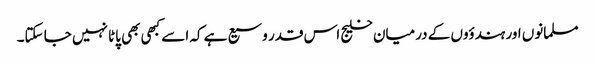
مسلمانوں اور ہندؤوں کے درمیان خلیج اس قدر وسیع ہے کہ اسے کبھی بھی پاٹا نہیں جا سکتا۔